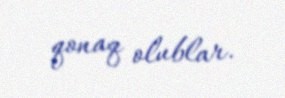
qonaq olublar.